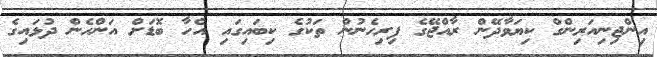
އިންޖިނިއަރިންގް ކިޔަވާދޭން ރާއްޖޭގެ ފިރިހެނުން ތަކުގެ ކިބައިގައި އެހާ ބޮޑަށް އަންހެން ދުޅައިގެ